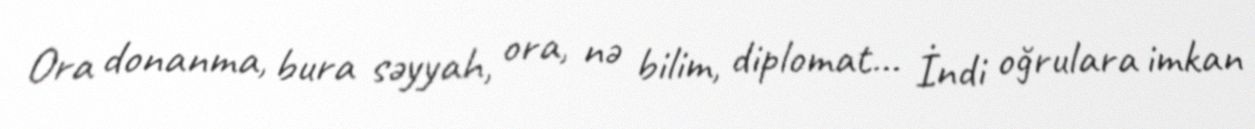
Ora donanma, bura səyyah, ora, nə bilim, diplomat... İndi oğrulara imkan